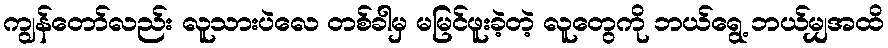
ကျွန်တော်လည်း လူသားပဲလေ တစ်ခါမှ မမြင်ဖူးခဲ့တဲ့ လူတွေကို ဘယ်ရွေ့ ဘယ်မျှအထိ